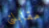
مقابلتى